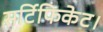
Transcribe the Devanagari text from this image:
सर्टिफिकेट।